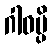
ဂါဓမ္ပိ